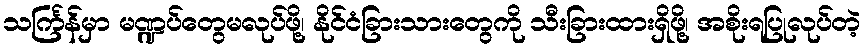
သင်္ကြန်မှာ မဏ္ဍပ်တွေမလုပ်ဖို့၊ နိုင်ငံခြားသားတွေကို သီးခြားထားရှိဖို့၊ အစိုးရပြုလုပ်တဲ့